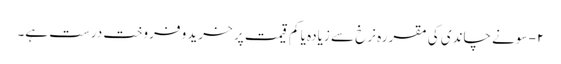
۲- سونے چاندی کی مقررہ نرخ سے زیادہ یا کم قیمت پر خرید و فروخت درست ہے۔